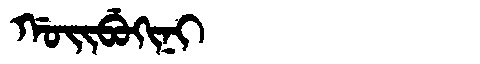
Manchu: ᡤᠣᡳᠪᡠᡴᡳᠨᡳ
Romanization: GOIBUKINI